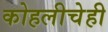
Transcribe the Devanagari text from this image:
कोहलीचेही